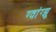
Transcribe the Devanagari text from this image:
ग्वांग्झू